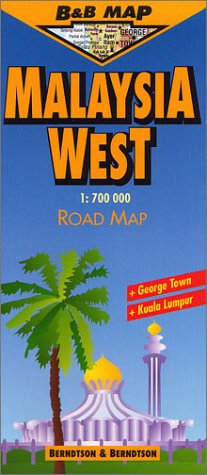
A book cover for B&B Malaysia West Laminated Map (B&B Road Maps); Berndtson; Travel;